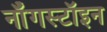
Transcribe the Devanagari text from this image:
नॉँगस्टॉइन